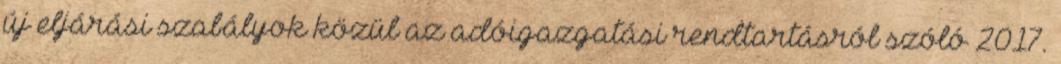
új eljárási szabályok közül az adóigazgatási rendtartásról szóló 2017.